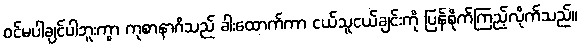
ဝင်မပါချင်ပါဘူးကွာ ကုစာနာဂိသည် ခါးထောက်ကာ ငယ်သူငယ်ချင်းကို ပြန်စိုက်ကြည့်လိုက်သည်။